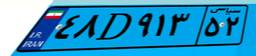
۶۰D۳۶۶۸۰